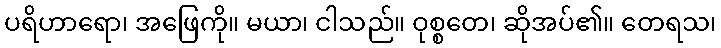
ပရိဟာရော၊ အဖြေကို။ မယာ၊ ငါသည်။ ဝုစ္စတေ၊ ဆိုအပ်၏။ တေရသ၊